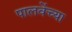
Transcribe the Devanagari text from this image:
पालवेंच्या